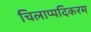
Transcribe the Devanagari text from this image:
चिलाप्पदिकरम